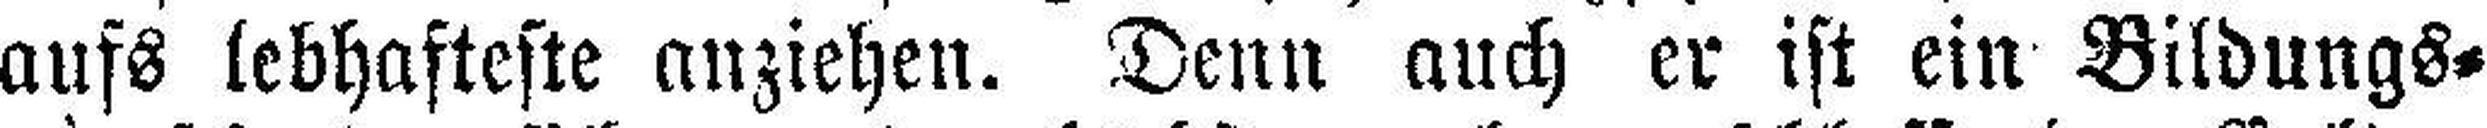
aufs lebhafteste anziehen. Denn auch er ist ein Bildungs¬